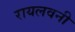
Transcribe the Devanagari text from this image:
रायलवनी